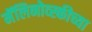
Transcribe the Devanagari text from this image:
मॅलिनोव्स्कीच्या